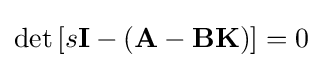
\det \left[s{\textbf {I}}-\left({\textbf {A}}-{\textbf {B}}{\textbf {K}}\right)\right]=0